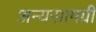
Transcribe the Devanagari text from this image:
अन्यसामग्री